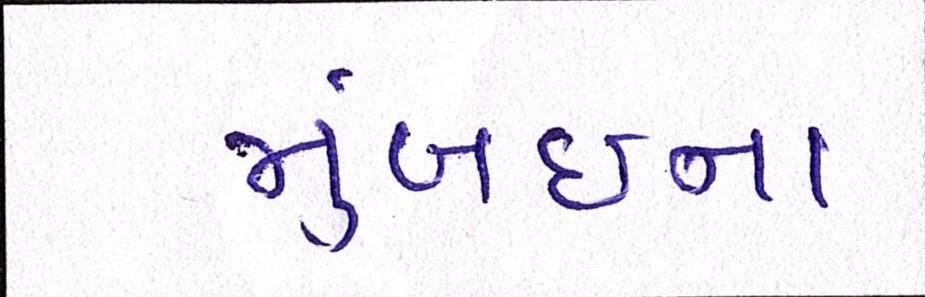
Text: મુંબઇના